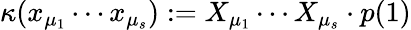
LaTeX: \kappa(x_{\mu_{1}}\cdots x_{\mu_{s}}):=X_{\mu_{1}}\cdots X_{\mu_{s}}\cdot p(1)